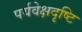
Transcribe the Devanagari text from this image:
पर्यवेक्षदृष्टि